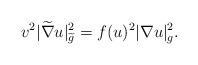
LaTeX: \begin{align*}v^2|\widetilde{\nabla}u|_{\widetilde{g}}^2=f(u)^2|\nabla u|^2_g.\end{align*}